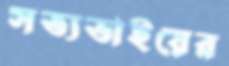
সত্যভাইয়ের